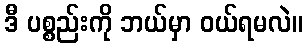
ဒီ ပစ္စည်းကို ဘယ်မှာ ဝယ်ရမလဲ။